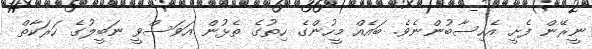
ނީރޭން ފެށީ އެހިސާބުންނެވެ. ބައެއް މީހުންގެ ހިތުގެ ތެޅުން އަވަސްވީ ނަބީލުގެ ހަރަކާތް